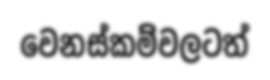
වෙනස්කම්වලටත්